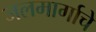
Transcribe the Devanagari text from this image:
जलमार्गाचे